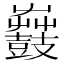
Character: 𪔫